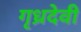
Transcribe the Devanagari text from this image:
गृध्रदेवी